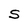
Character: S